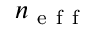
n _ { \mathrm { ~ e ~ f ~ f ~ } }